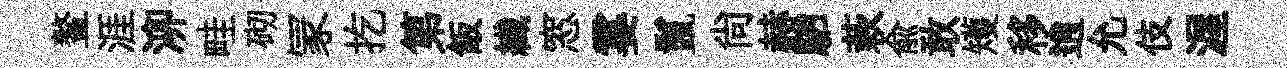
鳌涯泖畦砌冡扢第飯纎窓霎鬣尙赫駟蔌兪敢矱移逍允伎渥